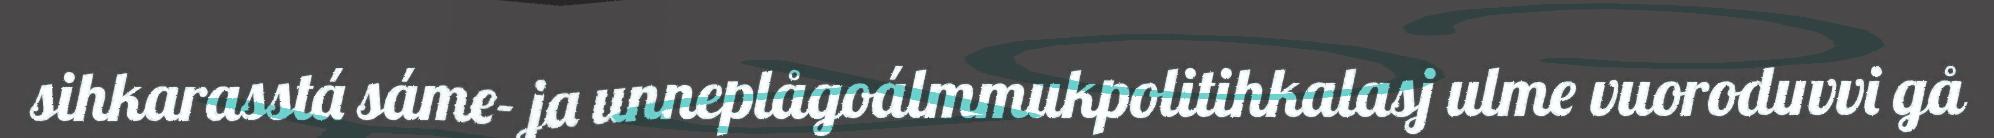
sihkarasstá sáme- ja unneplågoálmmukpolitihkalasj ulme vuoroduvvi gå